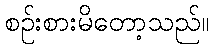
စဉ်းစားမိတော့သည်။